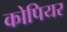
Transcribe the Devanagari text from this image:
कोपियर